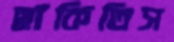
ছাঁকিতিস